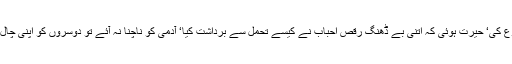
اپنے سلیمی صاحب نے دیسی رقص شروع کی‘ حیرت ہوئی کہ اتنی بے ڈھنگ رقص احباب نے کیسے تحمل سے برداشت کیا‘ آدمی کو ناچنا نہ آئے تو دوسروں کو اپنی چال بے ڈھنگی سے تکلیف نہیں دینی چاہیے۔